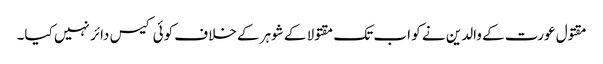
مقتول عورت کے والدین نے کو اب تک مقتولا کے شوہر کے خلاف کوئی کیس دائر نہیں کیا۔